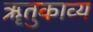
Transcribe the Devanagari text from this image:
ॠतुकाव्य